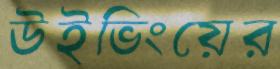
উইভিংয়ের